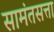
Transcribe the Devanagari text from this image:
सामंतसत्ता